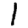
Digit: 1